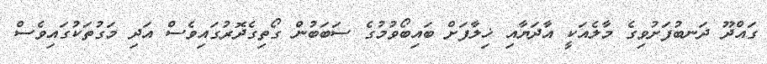
ގައްދޫ ދަނބުފަށުވިގެ މާލެއަކީ އާދަޔާއި ޚިލާފަށް ބައިބޯވުމުގެ ސަބަބުން ގޯތިގެދޮރުގައިވެސް އަދި މަގުތަކުގައިވެސް